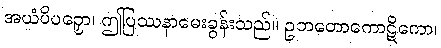
အယံပိပဉှော၊ ဤပြဿနာမေးခွန်းသည်။ ဥဘတောကောဋိကော၊